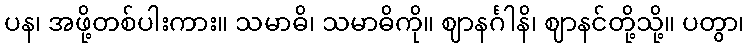
ပန၊ အဖို့တစ်ပါးကား။ သမာဓိ၊ သမာဓိကို။ ဈာနင်္ဂါနိ၊ ဈာနင်တို့သို့။ ပတွာ၊